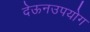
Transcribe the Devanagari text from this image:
देऊनउपयोग